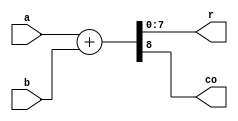
`timescale 1ns / 1ps

module eight_bit_ADD(

        input  [7:0] a,
        input  [7:0] b,
        output [7:0] r,
        output      co
    );
    
    assign {co,r} = a + b;
endmodule